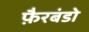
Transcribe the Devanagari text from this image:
फ़ैरबंडो